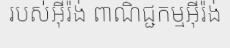
របស់អ៊ីរ៉ង់ ពាណិជ្ជកម្មអ៊ីរ៉ង់